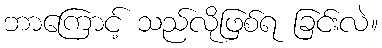
ဘာကြောင့် သည်လိုဖြစ်ရ ခြင်းလဲ။